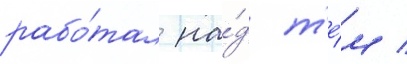
рабо́тал на́д т'е́м /